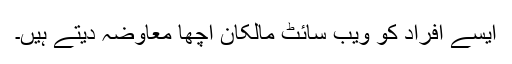
ایسے افراد کو ویب سائٹ مالکان اچھا معاوضہ دیتے ہیں۔